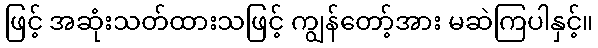
ဖြင့် အဆုံးသတ်ထားသဖြင့် ကျွန်တော့်အား မဆဲကြပါနှင့်။